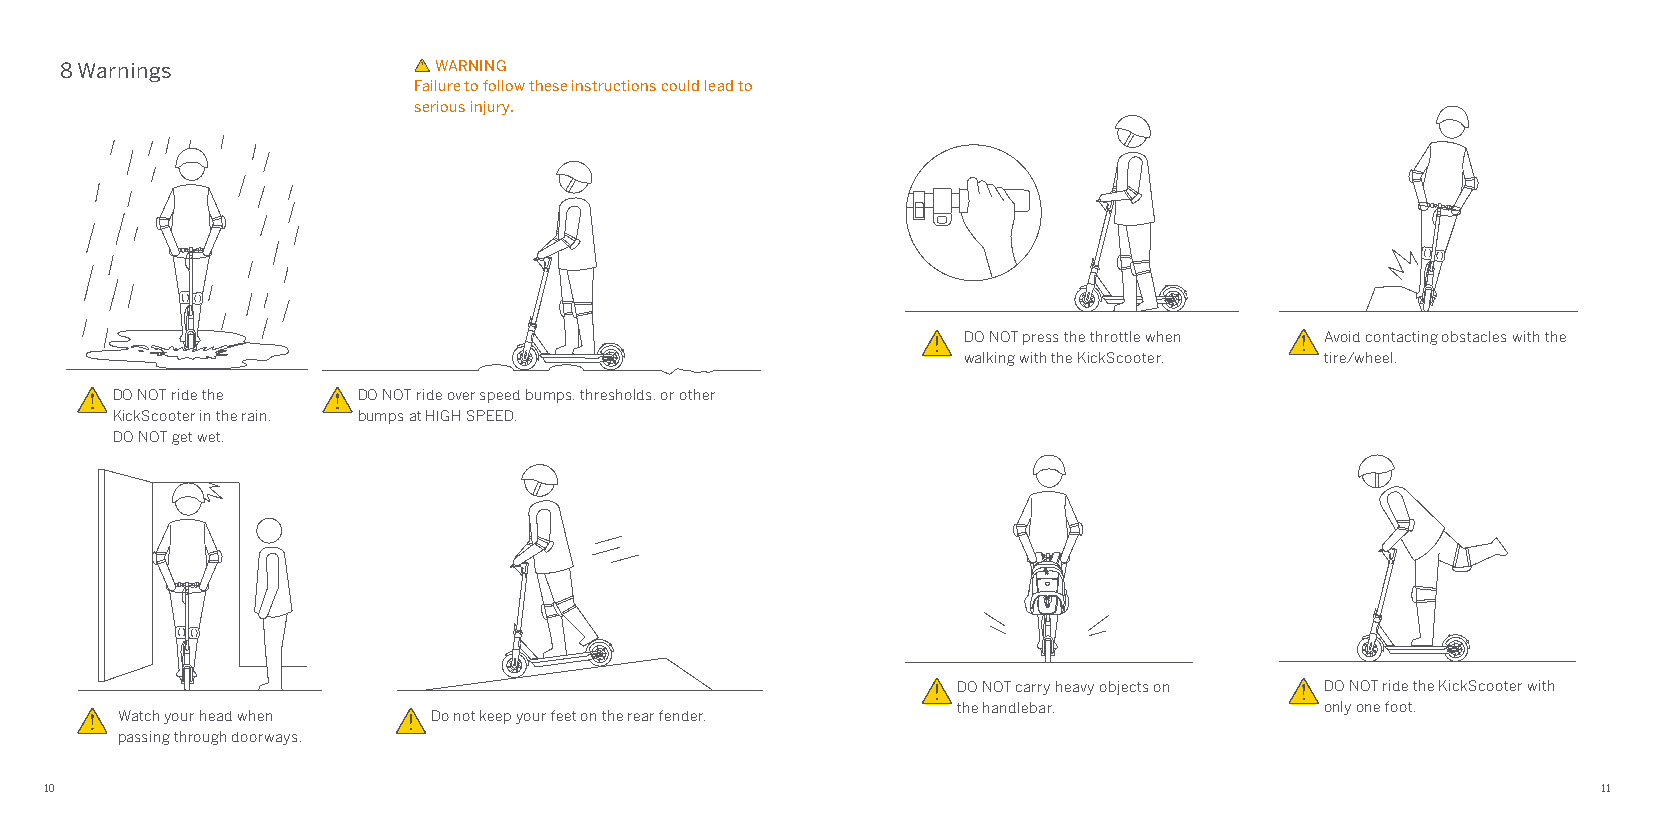
8 Warnings               WARNING
 Failure to follow these instructions could lead to
 serious injury.
 DO NOT press the throttle when Avoid contacting obstacles with the
 walking with the KickScooter. tire/wheel.
 DO NOT ride the  DO NOT ride over speed bumps, thresholds, or other
 KickScooter in the rain. bumps at HIGH SPEED.
 DO NOT get wet.
 DO NOT carry heavy objects on DO NOT ride the KickScooter with
 the handlebar.           only one foot.
 Watch your head when Do not keep your feet on the rear fender.
 passing through doorways.
 10                                                                                                     11